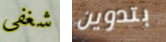
شغفي بتدوين